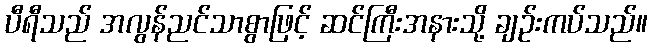
ပီရီသည် အလွန်ညင်သာစွာဖြင့် ဆင်ကြီးအနားသို့ ချဉ်းကပ်သည်။